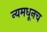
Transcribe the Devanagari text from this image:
न्यमधूनच